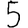
Digit: 5